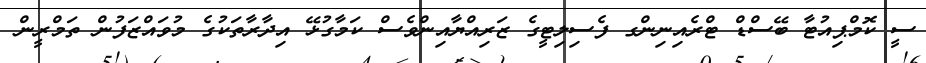
ސީ ކޮމްޕިއުޓާ ބޭސްޑް ޓްރެއިނިންގ ފެސިލިޓީގެ ޒަރިއްޔާއިންވެސް ކަމާގުޅޭ އިދާރާތަކުގެ މުވައްޒަފުން ތަމްރީން